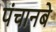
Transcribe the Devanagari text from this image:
पंचानबे